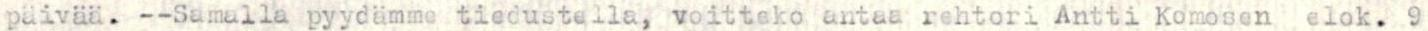
päivää. --Samalla pyydämme tiedustella, voitteko antaa rehtori Antti Komosen elok. 9